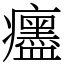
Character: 𤼎